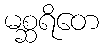
မစ္ဆရိတေ